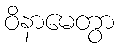
ဝိနာမေတွာ